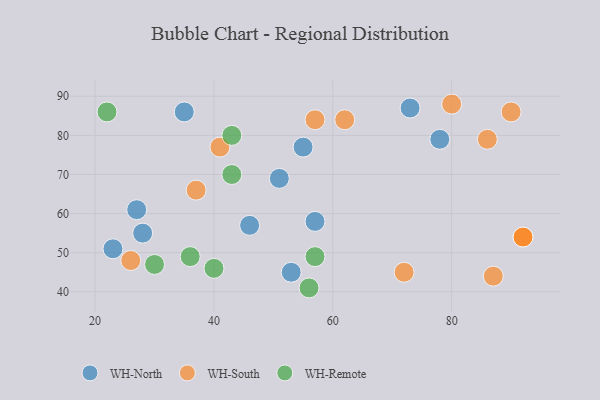
{"axis": {"x": "GDP", "y": "Life Expectancy"}, "legend": ["WH-North", "WH-Remote", "WH-South"], "data": [{"x": "46", "y": 57, "type": "WH-North"}, {"x": "35", "y": 86, "type": "WH-North"}, {"x": "55", "y": 77, "type": "WH-North"}, {"x": "78", "y": 79, "type": "WH-North"}, {"x": "51", "y": 69, "type": "WH-North"}, {"x": "23", "y": 51, "type": "WH-North"}, {"x": "28", "y": 55, "type": "WH-North"}, {"x": "73", "y": 87, "type": "WH-North"}, {"x": "53", "y": 45, "type": "WH-North"}, {"x": "57", "y": 58, "type": "WH-North"}, {"x": "27", "y": 61, "type": "WH-North"}, {"x": "90", "y": 86, "type": "WH-South"}, {"x": "26", "y": 48, "type": "WH-South"}, {"x": "80", "y": 88, "type": "WH-South"}, {"x": "87", "y": 44, "type": "WH-South"}, {"x": "92", "y": 54, "type": "WH-South"}, {"x": "86", "y": 79, "type": "WH-South"}, {"x": "37", "y": 66, "type": "WH-South"}, {"x": "57", "y": 84, "type": "WH-South"}, {"x": "41", "y": 77, "type": "WH-South"}, {"x": "92", "y": 54, "type": "WH-South"}, {"x": "72", "y": 45, "type": "WH-South"}, {"x": "62", "y": 84, "type": "WH-South"}, {"x": "43", "y": 70, "type": "WH-Remote"}, {"x": "30", "y": 47, "type": "WH-Remote"}, {"x": "56", "y": 41, "type": "WH-Remote"}, {"x": "22", "y": 86, "type": "WH-Remote"}, {"x": "36", "y": 49, "type": "WH-Remote"}, {"x": "43", "y": 80, "type": "WH-Remote"}, {"x": "40", "y": 46, "type": "WH-Remote"}, {"x": "57", "y": 49, "type": "WH-Remote"}]}